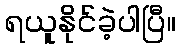
ရယူနိုင်ခဲ့ပါပြီ။